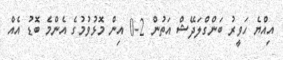
އިއްޔެ ހަވީރު ބަންގްލަދޭޝް އަތުން 2-0 އިން މޮޅުވުމުގެ އެންމެ ބޮޑު އެއް